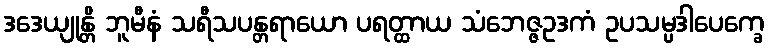
ဒဒေယျုန္တိ ဘူမီနံ သရီသပန္တရာယော ပရတ္ထာယ သံဘေဇ္ဇဥဒကံ ဥပသမ္ပဒါပေက္ခေ